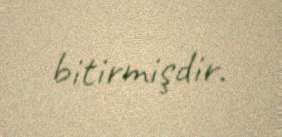
bitirmişdir.